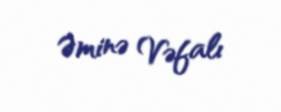
Əminə Vəfalı